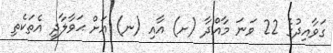
ގަވާއިދުގެ 22 ވަނަ މާއްދާ (ށ) އާއި (ނ) އަށް ޙަވާލާދީ އެތަކެތި